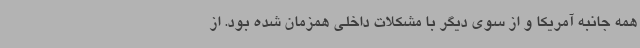
همه جانبه آمریکا و از سوی دیگر با مشکلات داخلی همزمان شده بود. از